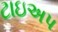
ટાઇઅપ